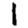
Digit: 1